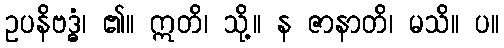
ဥပနိဗဒ္ဓံ၊ ၏။ ဣတိ၊ သို့။ န ဇာနာတိ၊ မသိ။ ပ။